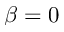
\beta = 0